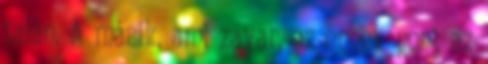
talán. A másik, ami zavar, az ennek pont az